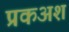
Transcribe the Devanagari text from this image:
प्रकअश